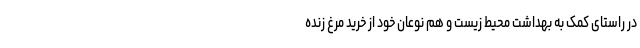
در راستای کمک به بهداشت محیط زیست و هم نوعان خود از خرید مرغ زنده